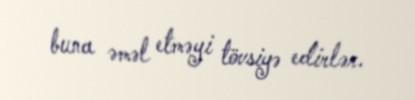
buna əməl etməyi tövsiyə edirlər.